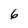
Character: 6